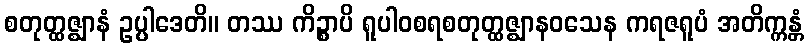
စတုတ္ထဇ္ဈာနံ ဥပ္ပါဒေတိ။ တဿ ကိဉ္စာပိ ရူပါဝစရစတုတ္ထဇ္ဈာနဝသေန ကရဇရူပံ အတိက္ကန္တံ